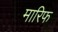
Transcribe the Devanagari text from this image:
मारिफ